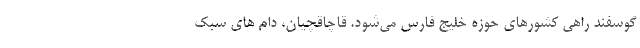
گوسفند راهی کشورهای حوزه خلیج فارس می‌شود. قاچاقچیان، دام های سبک